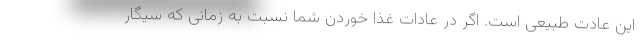
این عادت طبیعی است. اگر در عادات غذا خوردن شما نسبت به زمانی که سیگار